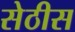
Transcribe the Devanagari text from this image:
सेठीस